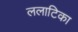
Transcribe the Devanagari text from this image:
ललाटिका